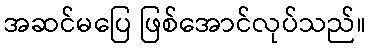
အဆင်မပြေ ဖြစ်အောင်လုပ်သည်။